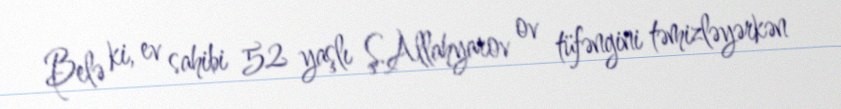
Belə ki, ev sahibi 52 yaşlı Ş.Allahyarov ov tüfəngini təmizləyərkən